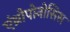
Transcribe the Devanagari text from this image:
एंथ्रोपोनोसिस